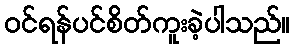
ဝင်ရန်ပင်စိတ်ကူးခဲ့ပါသည်။